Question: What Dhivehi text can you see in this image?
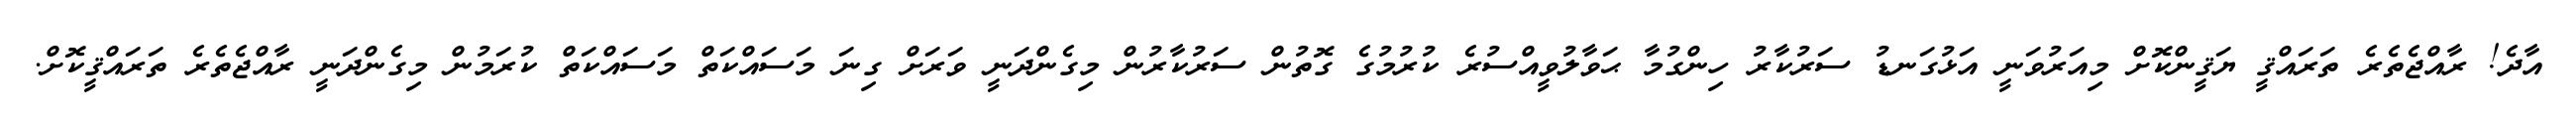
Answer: އާދެ! ރާއްޖެތެރެ ތަރައްޤީ ޔަޤީންކޮށް މިއަރުވަނީ އަޅުގަނޑު ސަރުކާރު ހިންގުމާ ޙަވާލުވީއްސުރެ ކުރުމުގެ ގޮތުން ސަރުކާރުން މިގެންދަނީ ވަރަށް ގިނަ މަސައްކަތް މަސައްކަތް ކުރަމުން މިގެންދަނީ ރާއްޖެތެރެ ތަރައްޤީކޮށް.